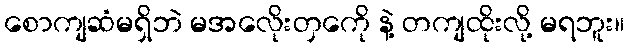
စောကျဆံမရှိဘဲ မအလေိုးတှကေို နဲ့ တကျထိုးလို့ မရဘူး။